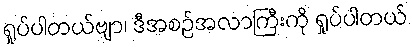
ရှုပ်ပါတယ်ဗျာ၊ ဒီအစဉ်အလာကြီးကို ရှုပ်ပါတယ်